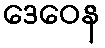
ဒေဝေန